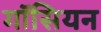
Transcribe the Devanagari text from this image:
गॉसियन